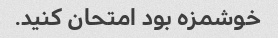
خوشمزه بود امتحان کنید.